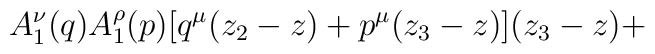
A_1^\nu (q)A_1^\rho (p)[q^\mu(z_2-z)+p^\mu (z_3-z)](z_3-z)+